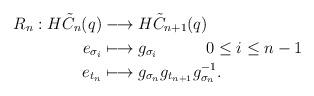
LaTeX: \begin{align*}\begin{aligned} R_n: H\tilde{C}_n (q) &\longrightarrow H\tilde{C}_{n+1} (q) \\e_{\sigma_i} &\longmapsto g_{\sigma_i} ~~~ ~~~ ~~~ 0\leq i\leq n-1 \\e_{t_n} &\longmapsto g_{\sigma_n} g_{t_{n+1}}g_{\sigma_n}^{-1} .\end{aligned}\end{align*}